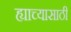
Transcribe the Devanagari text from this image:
ह्याच्यासाठी